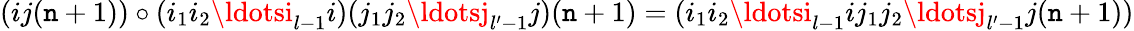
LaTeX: (ij(\mathtt{n}+1))\circ(i_{1}i_{2}\ldotsi_{l-1}i)(j_{1}j_{2}\ldotsj_{l^{\prime}-1}j)(\mathtt{n}+1)=(i_{1}i_{2}\ldotsi_{l-1}ij_{1}j_{2}\ldotsj_{l^{\prime}-1}j(\mathtt{n}+1))